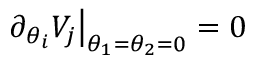
\partial _ { \theta _ { i } } V _ { j } \big | _ { \theta _ { 1 } = \theta _ { 2 } = 0 } = 0